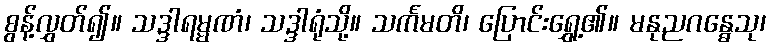
စွန့်လွှတ်၍။ သဒ္ဒါရမ္မဏံ၊ သဒ္ဒါရုံသို့။ သင်္ကမတိ၊ ပြောင်းရွှေ့၏။ မနုညဂန္ဓေသု၊